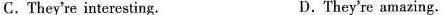
C. They're interesting. D.They're amazing.